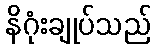
နိဂုံးချုပ်သည်